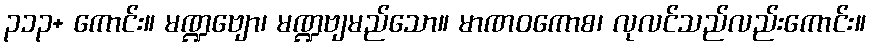
၃၁၃+ ကောင်း။ မဏ္ဍဗျော၊ မဏ္ဍဗျမည်သော။ မာဏဝကောစ၊ လုလင်သည်လည်းကောင်း။